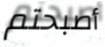
أصبحتم